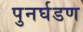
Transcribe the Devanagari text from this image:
पुनर्घडण